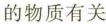
的物质有关